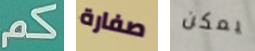
كم صفارة يمكن